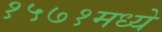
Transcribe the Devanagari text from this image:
१५७१मध्ये